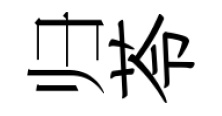
归苓